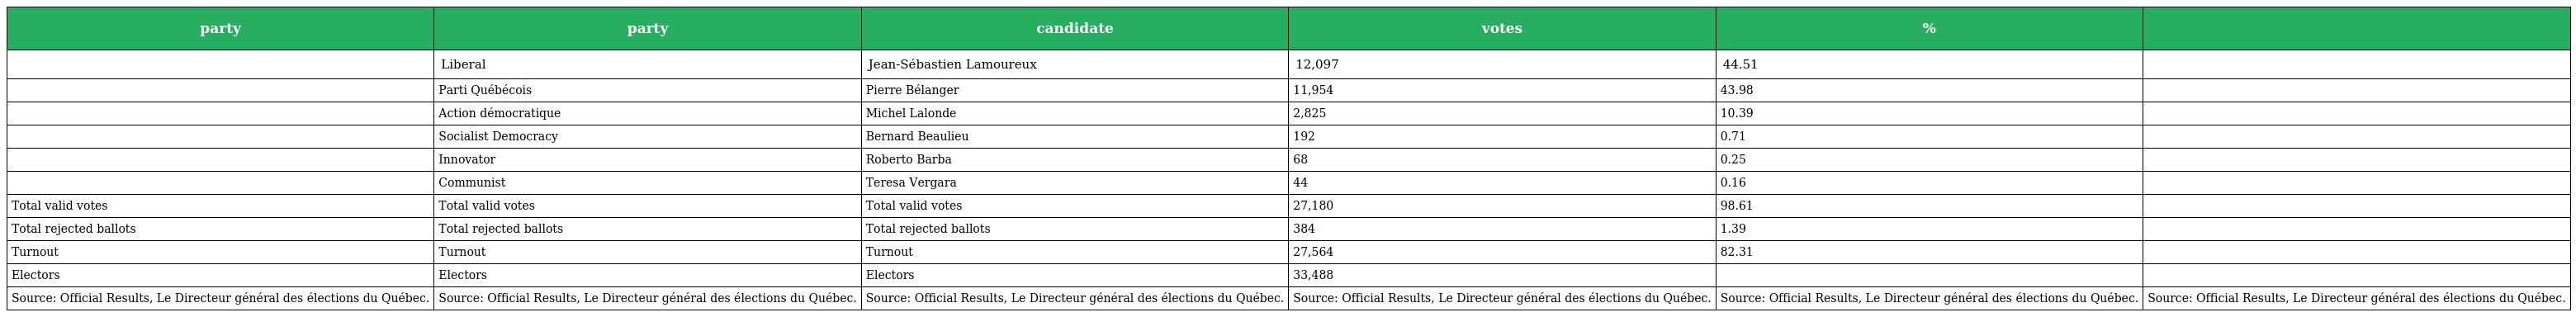
| party | party | candidate | votes | % |  |
 | --- | --- | --- | --- | --- | --- |
 |  | Liberal | Jean-Sébastien Lamoureux | 12,097 | 44.51 |  |
 |  | Parti Québécois | Pierre Bélanger | 11,954 | 43.98 |  |
 |  | Action démocratique | Michel Lalonde | 2,825 | 10.39 |  |
 |  | Socialist Democracy | Bernard Beaulieu | 192 | 0.71 |  |
 |  | Innovator | Roberto Barba | 68 | 0.25 |  |
 |  | Communist | Teresa Vergara | 44 | 0.16 |  |
 | Total valid votes | Total valid votes | Total valid votes | 27,180 | 98.61 |  |
 | Total rejected ballots | Total rejected ballots | Total rejected ballots | 384 | 1.39 |  |
 | Turnout | Turnout | Turnout | 27,564 | 82.31 |  |
 | Electors | Electors | Electors | 33,488 |  |  |
 | Source: Official Results, Le Directeur général des élections du Québec. | Source: Official Results, Le Directeur général des élections du Québec. | Source: Official Results, Le Directeur général des élections du Québec. | Source: Official Results, Le Directeur général des élections du Québec. | Source: Official Results, Le Directeur général des élections du Québec. | Source: Official Results, Le Directeur général des élections du Québec. |